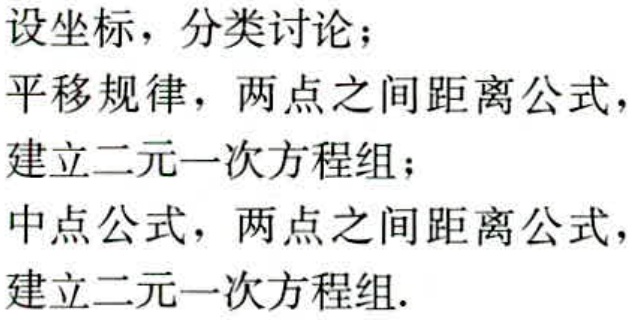
设坐标，分类讨论；
平移规律，两点之间距离公式，
建立二元一次方程组；
中点公式，两点之间距离公式，
建立二元一次方程组.